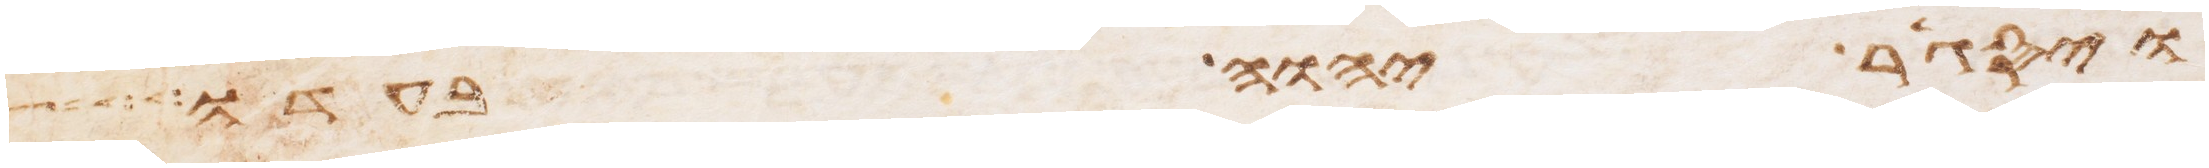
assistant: ויסגר יהוה בעדו